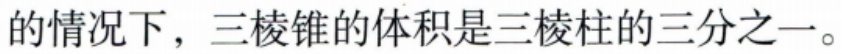
的情况下，三棱锥的体积是三棱柱的三分之一。